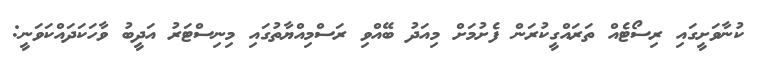
ކުނާވަށީގައި ރިސޯޓެއް ތަރައްގީކުރަން ފެށުމަށް މިއަދު ބޭއްވި ރަސްމިއްޔާތުގައި މިނިސްޓަރު އަދީބު ވާހަކަދައްކަވަނީ: